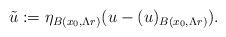
LaTeX: \begin{align*} \tilde{u} := \eta_{B(x_0,\Lambda r)} (u-(u)_{B(x_0,\Lambda r)}).\end{align*}